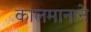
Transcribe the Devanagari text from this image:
कालमानाने